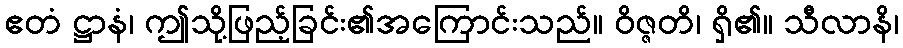
ဧတံ ဋ္ဌာနံ၊ ဤသို့ဖြည့်ခြင်း၏အကြောင်းသည်။ ဝိဇ္ဇတိ၊ ရှိ၏။ သီလာနိ၊